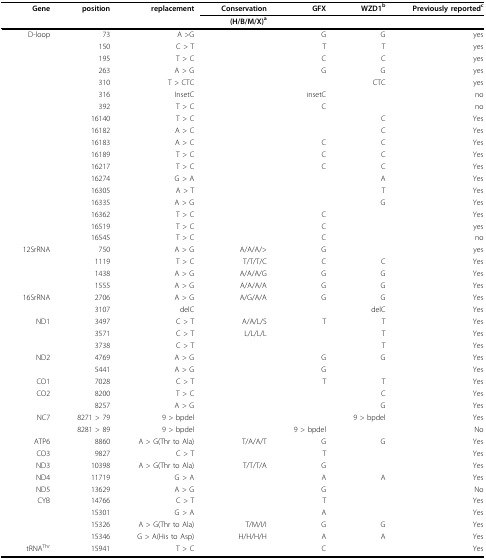
<table><thead><tr><td><b>Gene</b></td><td><b>position</b></td><td><b>replacement</b></td><td><b>Conservation</b></td><td><b>GFX</b></td><td><b>WZD1<sup>b</sup></b></td><td><b>Previously reported<sup>c</sup></b></td></tr><tr><td></td><td></td><td></td><td><b>(H/B/M/X)<sup>a</sup></b></td><td></td><td></td><td></td></tr></thead><tbody><tr><td>D-loop</td><td>73</td><td>A &gt;G</td><td></td><td>G</td><td>G</td><td>yes</td></tr><tr><td></td><td>150</td><td>C &gt; T</td><td></td><td>T</td><td>T</td><td>yes</td></tr><tr><td></td><td>195</td><td>T &gt; C</td><td></td><td>C</td><td>C</td><td>yes</td></tr><tr><td></td><td>263</td><td>A &gt; G</td><td></td><td>G</td><td>G</td><td>yes</td></tr><tr><td></td><td>310</td><td>T &gt; CTC</td><td></td><td></td><td>CTC</td><td>yes</td></tr><tr><td></td><td>316</td><td>InsetC</td><td></td><td>insetC</td><td></td><td>no</td></tr><tr><td></td><td>392</td><td>T &gt; C</td><td></td><td>C</td><td></td><td>no</td></tr><tr><td></td><td>16140</td><td>T &gt; C</td><td></td><td></td><td>C</td><td>Yes</td></tr><tr><td></td><td>16182</td><td>A &gt; C</td><td></td><td></td><td>C</td><td>Yes</td></tr><tr><td></td><td>16183</td><td>A &gt; C</td><td></td><td>C</td><td>C</td><td>Yes</td></tr><tr><td></td><td>16189</td><td>T &gt; C</td><td></td><td>C</td><td>C</td><td>Yes</td></tr><tr><td></td><td>16217</td><td>T &gt; C</td><td></td><td>C</td><td>C</td><td>Yes</td></tr><tr><td></td><td>16274</td><td>G &gt; A</td><td></td><td></td><td>A</td><td>Yes</td></tr><tr><td></td><td>16305</td><td>A &gt; T</td><td></td><td></td><td>T</td><td>Yes</td></tr><tr><td></td><td>16335</td><td>A &gt; G</td><td></td><td></td><td>G</td><td>Yes</td></tr><tr><td></td><td>16362</td><td>T &gt; C</td><td></td><td>C</td><td></td><td>Yes</td></tr><tr><td></td><td>16519</td><td>T &gt; C</td><td></td><td>C</td><td></td><td>yes</td></tr><tr><td></td><td>16545</td><td>T &gt; C</td><td></td><td>C</td><td></td><td>no</td></tr><tr><td>12SrRNA</td><td>750</td><td>A &gt; G</td><td>A/A/A/&gt;</td><td>G</td><td></td><td>yes</td></tr><tr><td></td><td>1119</td><td>T &gt; C</td><td>T/T/T/C</td><td>C</td><td>C</td><td>Yes</td></tr><tr><td></td><td>1438</td><td>A &gt; G</td><td>A/A/A/G</td><td>G</td><td>G</td><td>Yes</td></tr><tr><td></td><td>1555</td><td>A &gt; G</td><td>A/A/A/A</td><td>G</td><td>G</td><td>Yes</td></tr><tr><td>16SrRNA</td><td>2706</td><td>A &gt; G</td><td>A/G/A/A</td><td>G</td><td>G</td><td>Yes</td></tr><tr><td></td><td>3107</td><td>delC</td><td></td><td></td><td>delC</td><td>Yes</td></tr><tr><td>ND1</td><td>3497</td><td>C &gt; T</td><td>A/A/L/S</td><td>T</td><td>T</td><td>Yes</td></tr><tr><td></td><td>3571</td><td>C &gt; T</td><td>L/L/L/L</td><td></td><td>T</td><td>Yes</td></tr><tr><td></td><td>3738</td><td>C &gt; T</td><td></td><td></td><td>T</td><td>Yes</td></tr><tr><td>ND2</td><td>4769</td><td>A &gt; G</td><td></td><td>G</td><td>G</td><td>Yes</td></tr><tr><td></td><td>5441</td><td>A &gt; G</td><td></td><td>G</td><td></td><td>Yes</td></tr><tr><td>CO1</td><td>7028</td><td>C &gt; T</td><td></td><td>T</td><td>T</td><td>Yes</td></tr><tr><td>CO2</td><td>8200</td><td>T &gt; C</td><td></td><td></td><td>C</td><td>Yes</td></tr><tr><td></td><td>8257</td><td>A &gt; G</td><td></td><td></td><td>G</td><td>Yes</td></tr><tr><td>NC7</td><td>8271 &gt; 79</td><td>9 &gt; bpdel</td><td></td><td></td><td>9 &gt; bpdel</td><td>Yes</td></tr><tr><td></td><td>8281 &gt; 89</td><td>9 &gt; bpdel</td><td></td><td>9 &gt; bpdel</td><td></td><td>No</td></tr><tr><td>ATP6</td><td>8860</td><td>A &gt; G(Thr to Ala)</td><td>T/A/A/T</td><td>G</td><td>G</td><td>Yes</td></tr><tr><td>CO3</td><td>9827</td><td>C &gt; T</td><td></td><td>T</td><td></td><td>Yes</td></tr><tr><td>ND3</td><td>10398</td><td>A &gt; G(Thr to Ala)</td><td>T/T/T/A</td><td>G</td><td></td><td>Yes</td></tr><tr><td>ND4</td><td>11719</td><td>G &gt; A</td><td></td><td>A</td><td>A</td><td>Yes</td></tr><tr><td>ND5</td><td>13629</td><td>A &gt; G</td><td></td><td>G</td><td></td><td>No</td></tr><tr><td>CYB</td><td>14766</td><td>C &gt; T</td><td></td><td>T</td><td></td><td>Yes</td></tr><tr><td></td><td>15301</td><td>G &gt; A</td><td></td><td>A</td><td></td><td>Yes</td></tr><tr><td></td><td>15326</td><td>A &gt; G(Thr to Ala)</td><td>T/M/I/I</td><td>G</td><td>G</td><td>Yes</td></tr><tr><td></td><td>15346</td><td>G &gt; A(His to Asp)</td><td>H/H/H/H</td><td>A</td><td>A</td><td>Yes</td></tr><tr><td>tRNA<sup>Thr</sup></td><td>15941</td><td>T &gt; C</td><td></td><td>C</td><td></td><td>Yes</td></tr></tbody></table>